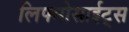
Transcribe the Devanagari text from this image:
लिफ्मोसाईट्स